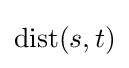
\mathrm {dist} (s,t)